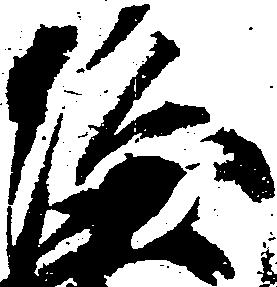
隆